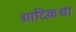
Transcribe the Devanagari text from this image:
आदिकथा